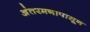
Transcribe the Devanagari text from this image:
अंतरमनापासून